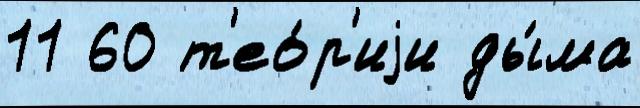
11 60 т'ео́р'иjи ды́ма